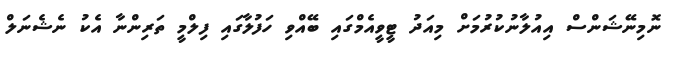
ނޮމިނޭޝަންސް އިއުލާނުކުރުމަށް މިއަދު ޓީވީއެމްގައި ބޭއްވި ހަފުލާގައި ފިލްމީ ތަރިންނާ އެކު ނެޝެނަލް